Sanitation, dispensaries and jails vaccination Rajputana 1922-1927 - 1922-1927
Year: 1922
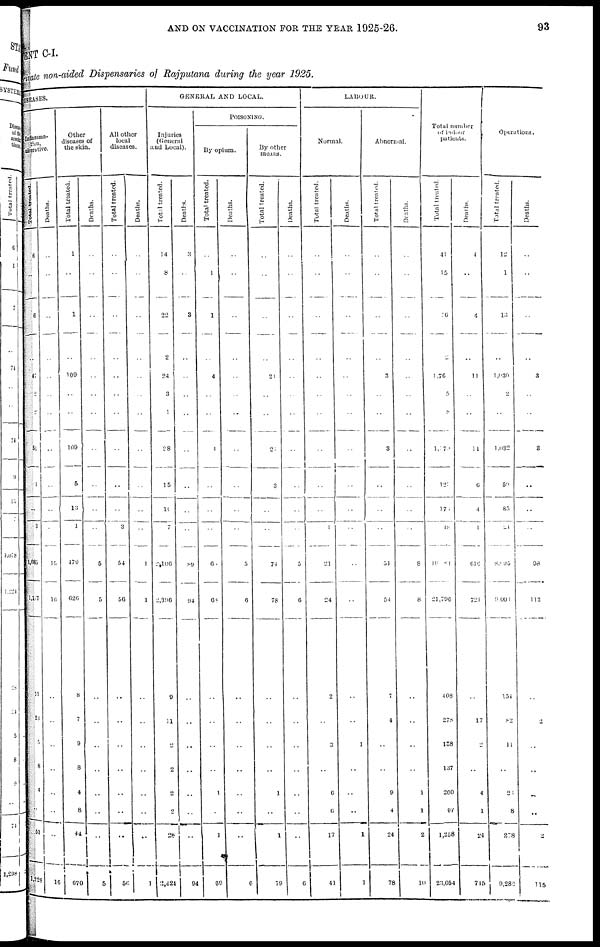
AND ON VACCINATION FOR THE YEAR 1925-26.
93
MENT C-I.
private non-aided Dispensaries of Rajputana during the year 1925.
DISEASES.
Inflamma-
tion,
ulcerative.
Total treated.
6
..
6
..
47
2
2
51
1
..
3
1,085
1,117
11
23
5
8
4
..
51
1,228
Deaths.
..
..
..
..
..
..
..
..
..
..
..
15
16
..
..
..
..
..
..
..
16
Other
diseases of
the skin.
Total treated.
1
..
1
..
109
..
..
109
5
13
1
479
620
8
7
9
8
4
8
44
670
Deaths.
..
..
..
..
..
..
..
..
..
..
..
5
5
..
..
..
..
..
..
..
5
All other
local
diseases.
Total treated.
..
..
..
..
..
..
..
..
..
..
3
54
56
..
..
..
..
..
..
..
56
Deaths.
..
..
..
..
..
..
..
..
..
..
..
1
1
..
..
..
..
..
..
..
1
GENERAL AND LOCAL.
Injuries
(General
and Local).
Total treated.
14
8
22
2
24
3
1
28
15
10
7
2,106
2,396
9
11
2
2
..
..
28
2,424
Deaths.
3
..
3
..
..
..
..
..
..
..
..
89
94
..
..
..
..
..
..
..
94
POISONING.
By opium.
Total treated.
..
1
1
..
4
..
..
1
..
..
..
6
68
..
..
..
..
1
..
1
69
Deaths.
..
..
..
..
..
..
..
..
..
..
..
5
6
..
..
..
..
..
..
..
6
By other
means.
Total treated.
..
..
..
..
21
..
..
..
3
..
..
74
78
..
..
..
..
1
..
1
79
Deaths.
..
..
..
..
..
..
..
..
..
..
..
5
6
..
..
..
..
..
..
..
6
LABOUR.
Normal.
Total treated.
..
..
..
..
..
..
..
..
..
..
1
21
24
2
..
3
..
6
6
17
41
Deaths.
..
..
..
..
..
..
..
..
..
..
..
..
..
..
..
1
..
..
..
1
1
Abnormal.
Total treated.
..
..
..
..
3
..
..
3
..
..
..
51
54
7
4
..
..
9
4
24
78
Deaths.
..
..
..
..
..
..
..
..
..
..
..
8
8
..
..
..
..
1
1
2
10
Total number
of indoor
patients.
Total treated.
41
15
16
2
1,76
5
8
1,179
123
176
48
19, 81
21,796
408
278
138
137
200
97
1,258
23,054
Deaths.
4
..
4
..
11
..
..
11
6
4
1
616
721
..
17
2
..
4
1
24
715
Operations.
Total treated.
12
1
l3
..
l,030
2
..
1,032
50
85
24
8,195
9,001
154
82
11
..
23
8
278
9,282
Deaths.
..
..
..
..
3
..
..
3
..
..
..
98
113
..
2
..
..
..
..
2
115